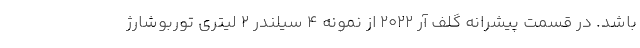
باشد. در قسمت پیشرانه گلف آر 2022 از نمونه 4 سیلندر 2 لیتری توربوشارژ